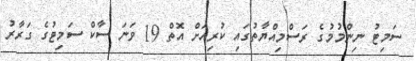
ސަމިޓު ނިންމުމުގެ ރަސްމިއްޔާތުގައި ކުރިއަށް އޮތް 19 ވަނަ ސާކް ސަމިޓުގެ ގަރާރު